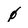
Character: 0